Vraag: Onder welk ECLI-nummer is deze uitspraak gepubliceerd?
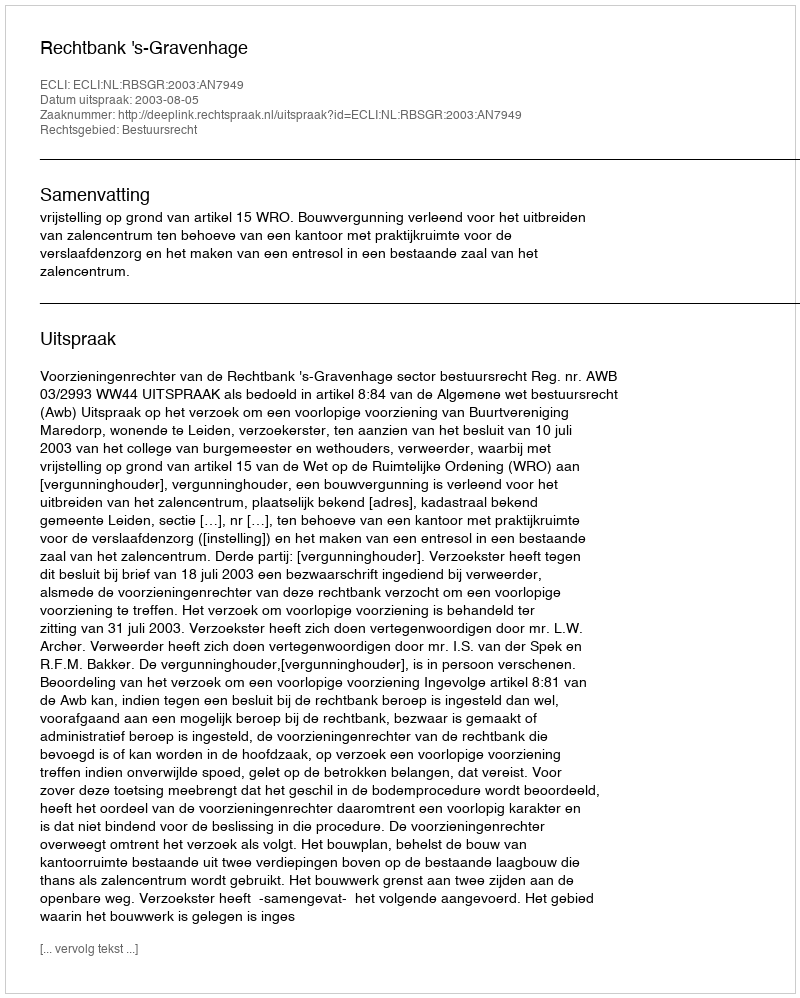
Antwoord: ECLI:NL:RBSGR:2003:AN7949